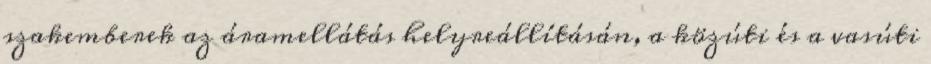
szakemberek az áramellátás helyreállításán, a közúti és a vasúti